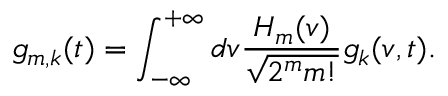
g _ { m , k } ( t ) = \int _ { - \infty } ^ { + \infty } d v \frac { H _ { m } ( v ) } { \sqrt { 2 ^ { m } m ! } } g _ { k } ( v , t ) .